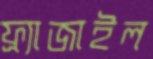
ফ্র্যাজাইল